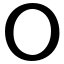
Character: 〇